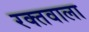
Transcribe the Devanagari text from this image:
रक्तवाला